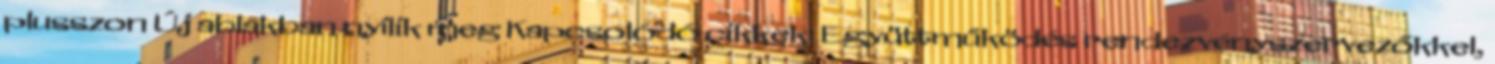
plusszon Új ablakban nyílik meg Kapcsolódó cikkek: Együttműködés rendezvényszervezőkkel,